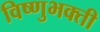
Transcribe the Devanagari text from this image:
विष्णुभक्ती